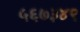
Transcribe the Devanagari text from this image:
५६७३४९